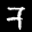
Label: 7